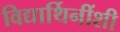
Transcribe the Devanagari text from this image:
विद्यार्थिनींशी